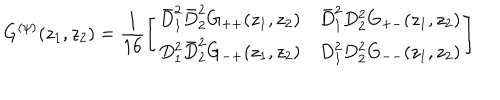
G ^ { ( \psi ) } ( z _ { 1 } , z _ { 2 } ) = \frac { 1 } { 1 6 } \left[ \begin{array} { l l } { { \bar { D } _ { 1 } ^ { 2 } \bar { D } _ { 2 } ^ { 2 } G _ { + + } ( z _ { 1 } , z _ { 2 } ) } } & { { \bar { D } _ { 1 } ^ { 2 } D _ { 2 } ^ { 2 } G _ { + - } ( z _ { 1 } , z _ { 2 } ) } } \\ { { D _ { 1 } ^ { 2 } \bar { D } _ { 2 } ^ { 2 } G _ { - + } ( z _ { 1 } , z _ { 2 } ) } } & { { D _ { 1 } ^ { 2 } D _ { 2 } ^ { 2 } G _ { -- } ( z _ { 1 } , z _ { 2 } ) } } \\ \end{array} \right]